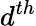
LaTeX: d^{th}